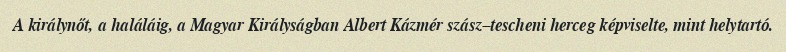
A királynőt, a haláláig, a Magyar Királyságban Albert Kázmér szász–tescheni herceg képviselte, mint helytartó.